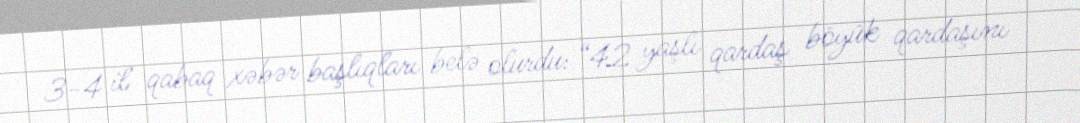
3-4 il qabaq xəbər başlıqları belə olurdu: “42 yaşlı qardaş böyük qardaşını